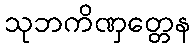
သုဘကိဏှတ္တေန